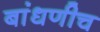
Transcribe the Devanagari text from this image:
बांधणीच